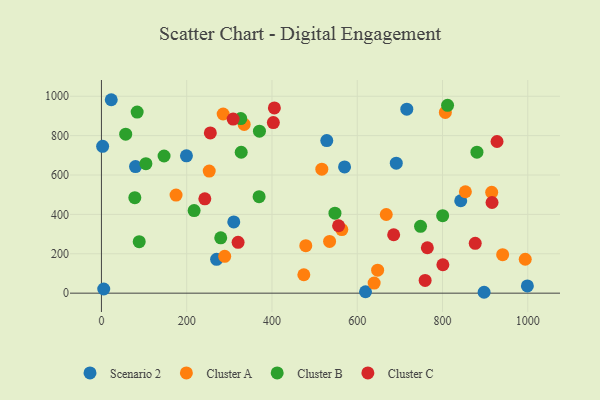
{"axis": {"x": "Experience", "y": "Demand"}, "legend": ["Cluster A", "Cluster B", "Cluster C", "Scenario 2"], "data": [{"x": "2.8", "y": 745.7, "type": "Scenario 2"}, {"x": "842.7", "y": 469.4, "type": "Scenario 2"}, {"x": "691.5", "y": 660.2, "type": "Scenario 2"}, {"x": "528.5", "y": 774.9, "type": "Scenario 2"}, {"x": "5.4", "y": 21.2, "type": "Scenario 2"}, {"x": "716.2", "y": 934.5, "type": "Scenario 2"}, {"x": "23.0", "y": 982.3, "type": "Scenario 2"}, {"x": "199.4", "y": 697.5, "type": "Scenario 2"}, {"x": "619.4", "y": 7.2, "type": "Scenario 2"}, {"x": "270.1", "y": 172.0, "type": "Scenario 2"}, {"x": "999.0", "y": 36.5, "type": "Scenario 2"}, {"x": "79.9", "y": 642.6, "type": "Scenario 2"}, {"x": "897.5", "y": 4.5, "type": "Scenario 2"}, {"x": "570.2", "y": 641.2, "type": "Scenario 2"}, {"x": "310.4", "y": 361.5, "type": "Scenario 2"}, {"x": "639.6", "y": 51.0, "type": "Cluster A"}, {"x": "563.8", "y": 322.9, "type": "Cluster A"}, {"x": "647.8", "y": 116.8, "type": "Cluster A"}, {"x": "535.1", "y": 262.8, "type": "Cluster A"}, {"x": "479.3", "y": 241.0, "type": "Cluster A"}, {"x": "994.0", "y": 172.3, "type": "Cluster A"}, {"x": "252.8", "y": 620.2, "type": "Cluster A"}, {"x": "915.3", "y": 512.0, "type": "Cluster A"}, {"x": "941.0", "y": 195.3, "type": "Cluster A"}, {"x": "289.1", "y": 186.9, "type": "Cluster A"}, {"x": "474.7", "y": 93.5, "type": "Cluster A"}, {"x": "516.9", "y": 629.5, "type": "Cluster A"}, {"x": "175.0", "y": 498.0, "type": "Cluster A"}, {"x": "853.6", "y": 515.0, "type": "Cluster A"}, {"x": "334.8", "y": 856.9, "type": "Cluster A"}, {"x": "668.0", "y": 399.4, "type": "Cluster A"}, {"x": "285.5", "y": 909.8, "type": "Cluster A"}, {"x": "806.6", "y": 917.7, "type": "Cluster A"}, {"x": "88.6", "y": 261.3, "type": "Cluster B"}, {"x": "279.8", "y": 281.0, "type": "Cluster B"}, {"x": "146.9", "y": 696.6, "type": "Cluster B"}, {"x": "217.4", "y": 419.2, "type": "Cluster B"}, {"x": "369.8", "y": 489.9, "type": "Cluster B"}, {"x": "547.7", "y": 406.0, "type": "Cluster B"}, {"x": "748.4", "y": 339.6, "type": "Cluster B"}, {"x": "370.6", "y": 822.8, "type": "Cluster B"}, {"x": "326.8", "y": 886.5, "type": "Cluster B"}, {"x": "104.3", "y": 657.7, "type": "Cluster B"}, {"x": "800.3", "y": 393.5, "type": "Cluster B"}, {"x": "811.8", "y": 954.0, "type": "Cluster B"}, {"x": "78.3", "y": 485.0, "type": "Cluster B"}, {"x": "327.8", "y": 715.6, "type": "Cluster B"}, {"x": "56.9", "y": 807.5, "type": "Cluster B"}, {"x": "880.7", "y": 715.9, "type": "Cluster B"}, {"x": "83.8", "y": 919.4, "type": "Cluster B"}, {"x": "320.5", "y": 258.2, "type": "Cluster C"}, {"x": "405.6", "y": 940.8, "type": "Cluster C"}, {"x": "308.9", "y": 884.0, "type": "Cluster C"}, {"x": "764.4", "y": 230.5, "type": "Cluster C"}, {"x": "242.5", "y": 479.2, "type": "Cluster C"}, {"x": "876.7", "y": 253.2, "type": "Cluster C"}, {"x": "759.2", "y": 64.8, "type": "Cluster C"}, {"x": "916.1", "y": 460.3, "type": "Cluster C"}, {"x": "927.8", "y": 770.2, "type": "Cluster C"}, {"x": "556.2", "y": 342.3, "type": "Cluster C"}, {"x": "800.8", "y": 144.4, "type": "Cluster C"}, {"x": "255.4", "y": 813.8, "type": "Cluster C"}, {"x": "685.4", "y": 296.5, "type": "Cluster C"}, {"x": "403.2", "y": 866.4, "type": "Cluster C"}]}